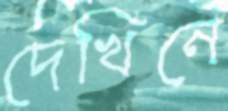
দেখিনে